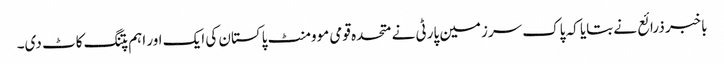
باخبر ذرائع نے بتایا کہ پاک سرزمین پارٹی نے متحدہ قومی موومنٹ پاکستان کی ایک اور اہم پتنگ کاٹ دی۔